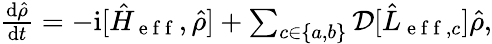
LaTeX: \begin{array}{r}{\frac{\mathrm{d}\hat{\rho}}{\mathrm{d}t}=-\mathrm{i}[\hat{H}_{\mathrm{~e~f~f~}},\hat{\rho}]+\sum_{c\in\{ a,b\} }\mathcal{D}[\hat{L}_{\mathrm{~e~f~f~},c}]\hat{\rho},}\end{array}